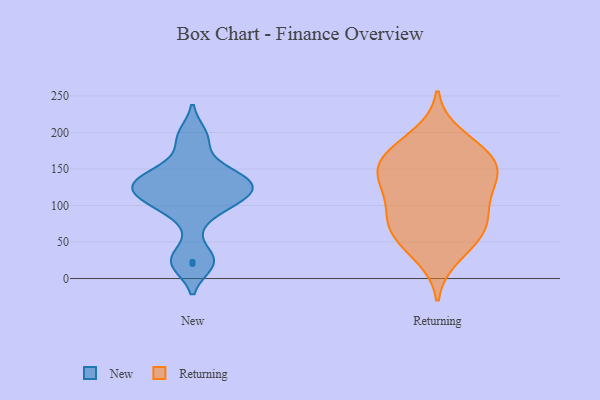
{"axis": {"x": "Demand Index", "y": "Value"}, "legend": ["New", "Returning"], "data": [{"x": "", "y": 23, "type": "New"}, {"x": "", "y": 134, "type": "New"}, {"x": "", "y": 20, "type": "New"}, {"x": "", "y": 124, "type": "New"}, {"x": "", "y": 111, "type": "New"}, {"x": "", "y": 123, "type": "New"}, {"x": "", "y": 147, "type": "New"}, {"x": "", "y": 109, "type": "New"}, {"x": "", "y": 29, "type": "New"}, {"x": "", "y": 104, "type": "New"}, {"x": "", "y": 122, "type": "New"}, {"x": "", "y": 141, "type": "New"}, {"x": "", "y": 140, "type": "New"}, {"x": "", "y": 196, "type": "New"}, {"x": "", "y": 189, "type": "New"}, {"x": "", "y": 85, "type": "New"}, {"x": "", "y": 77, "type": "Returning"}, {"x": "", "y": 124, "type": "Returning"}, {"x": "", "y": 98, "type": "Returning"}, {"x": "", "y": 74, "type": "Returning"}, {"x": "", "y": 170, "type": "Returning"}, {"x": "", "y": 196, "type": "Returning"}, {"x": "", "y": 30, "type": "Returning"}, {"x": "", "y": 135, "type": "Returning"}, {"x": "", "y": 164, "type": "Returning"}, {"x": "", "y": 46, "type": "Returning"}, {"x": "", "y": 114, "type": "Returning"}, {"x": "", "y": 64, "type": "Returning"}, {"x": "", "y": 140, "type": "Returning"}, {"x": "", "y": 71, "type": "Returning"}, {"x": "", "y": 156, "type": "Returning"}, {"x": "", "y": 151, "type": "Returning"}, {"x": "", "y": 177, "type": "Returning"}]}